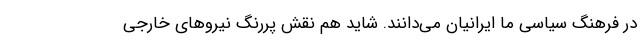
در فرهنگ سیاسی ما ایرانیان می‌دانند. شاید هم نقش پررنگ نیروهای خارجی